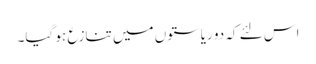
اس لئے کہ دو ریاستوں میں تنازع ہو گیا۔